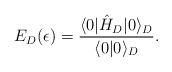
LaTeX: \begin{align*}E_D(\epsilon)={\langle 0|\hat H_D|0\rangle_D \over\langle 0| 0\rangle_D}.\end{align*}